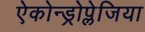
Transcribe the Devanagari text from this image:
ऐकोन्ड्रोप्लेजिया